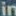
in